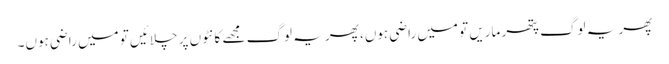
پھر یہ لوگ پتھر ماریں تو میں راضی ہوں، پھر یہ لوگ مجھے کانٹوں پر چلائیں تو میں راضی ہوں۔